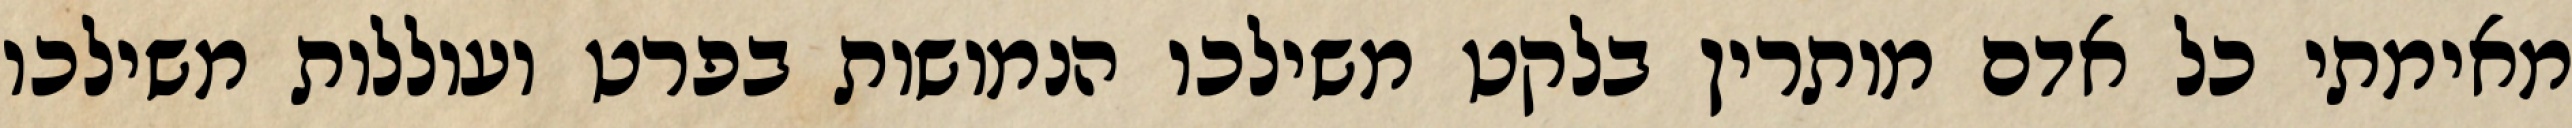
מאימתי כל אדם מותרין בלקט משילכו הנמושות בפרט ועוללות משילכו